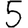
Digit: 5